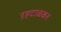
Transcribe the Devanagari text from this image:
ऱहटाळकर